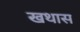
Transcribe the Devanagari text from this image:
खथास